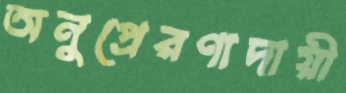
অনুপ্রেরণাদায়ী